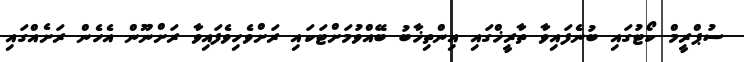
ސުޕްރީމް ކޯޓުގައި ބުނެފައިވާ ތާރީޚްގައި އިންތިޚާބު ބޭއްވުމަށްޓަކައި ރަށްވެހިވެފައިވާ ރަށްނޫން އެހެން ރަށެއްގައި